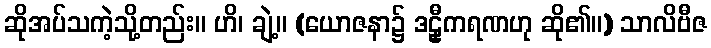
ဆိုအပ်သကဲ့သို့တည်း။ ဟိ၊ ချဲ့။ (ယောဇနာ၌ ဒဠှီကရဏဟု ဆို၏။) သာလိဗီဇ